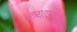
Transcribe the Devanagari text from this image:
कथाशाखेचे